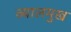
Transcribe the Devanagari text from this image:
व्यालमुख